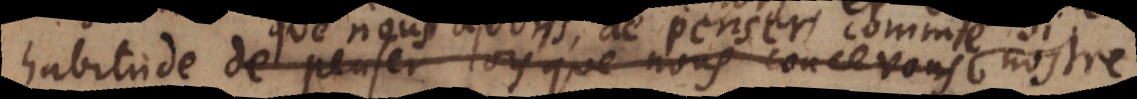
habitude de penser, lorsque nous concevons nostre